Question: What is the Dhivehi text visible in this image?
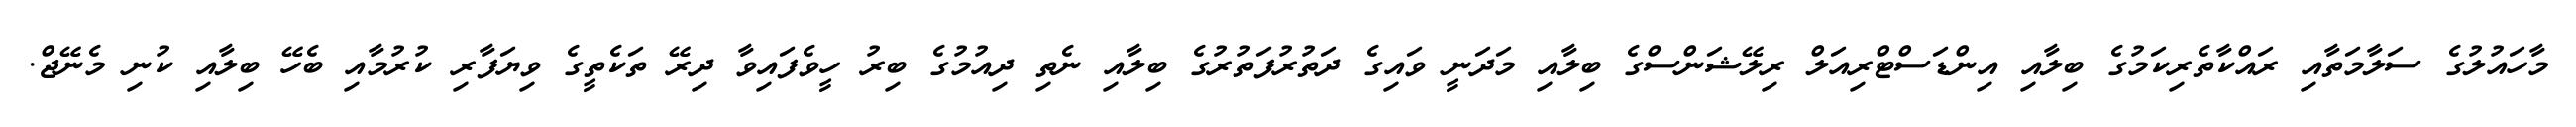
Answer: މާހައުލުގެ ސަލާމަތާއި ރައްކާތެރިކަމުގެ ބިލާއި އިންޑަސްޓްރިއަލް ރިލޭޝަންސްގެ ބިލާއި މަދަނީ ވައިގެ ދަތުރުފަތުރުގެ ބިލާއި ނެތި ދިއުމުގެ ބިރު ހީވެފައިވާ ދިރޭ ތަކެތީގެ ވިޔަފާރި ކުރުމާއި ބެހޭ ބިލާއި ކުނި މެނޭޖް.